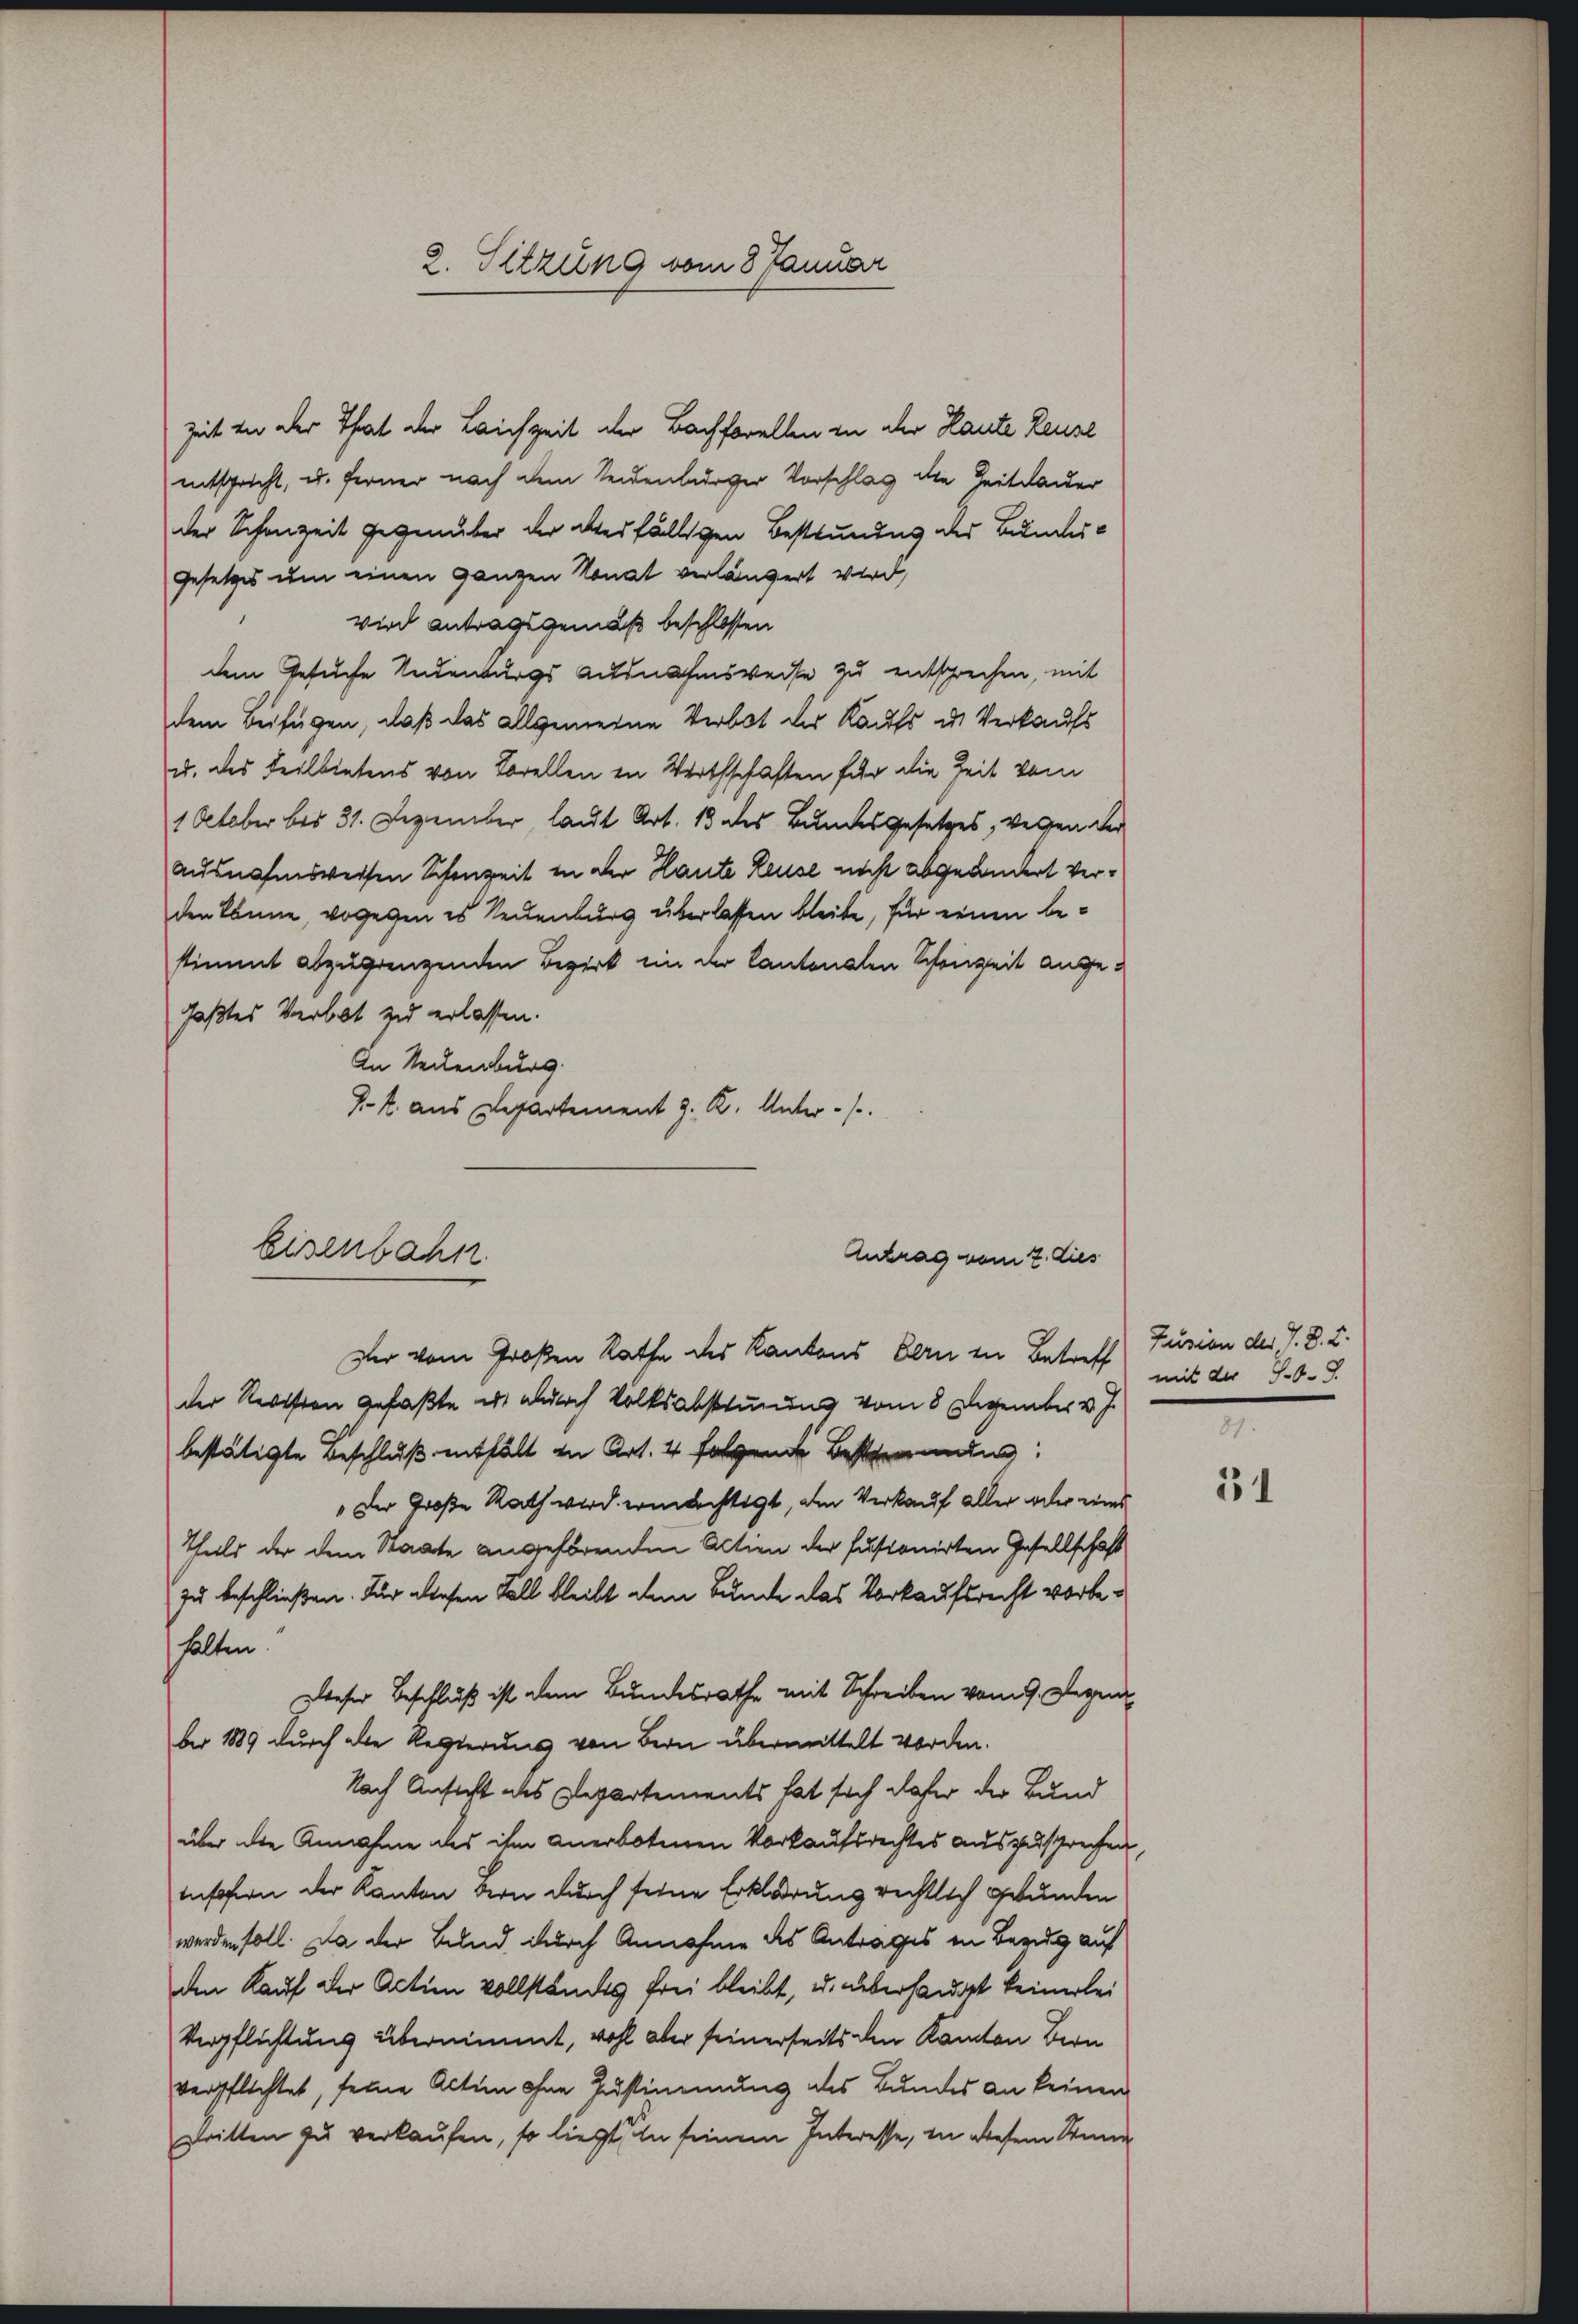
2. Sitzung vom 8. Januar

Zeit in der That der Leichzeit der Bachforellen in der Haute Reuse
entspricht, u. ferner nach dem Seidenburger Vorschlag die Zeitdauer
der Schanzeit gegenüber der Werfälligen Bestimmung des Bundes¬
Gesetzes um einen ganzen Monat verlängert wird,
wird antragsgemäß beschlossen
dem Gesuche Redenburgs Ausnahmsweise zu entsprechen, mit
dem Beifügen, daß das allgemeine Verbot des Kaufs in Verkaufs
u. des Teilbietens von Borellen in Werthschaften für die Zeit vom
1 October bis 31. Dezember laut Art. 13 des Bundesgesetzes, vergen der
ausnahmsweisen Schenzeit in der Haute Reuse nicht abgeändert verden könne, wogegen es Neuenburg überlassen bleibe, für einen bestimmt abzugrenzenden Bezirk ein der Cantonalen Schanzeit angefaßtes Verbot zu erlassen.
An Neckenburg
J. k. aus Departement J. K. Unter-
Der vom Großen Rathe des Kantons Bern in Betreff Fusion der V. D. 2.
der Registen gefaßte ich durch Volksabstimmung vom 8 Degeniter v. J.
bestätigte Beschluß enthält in Art. 4 folgende Bestimmung:
„Der Große Rath wird ermächtigt, am Verkauf aller oder eines
Thuld der dem Staate angehörenden Actien der fusionirten Gesellschaft
zu beschließen. Für diesen Fall bleibt dem Bunde das Vorkaufsrecht vorbehalten.
zweser Beschluß ist dem Bundesrathe mit Schreiben vom 9. Dezem
ber 1889 durch alle Regierung von Bern übermittelt worden.
Nach Ansicht des Departements hat sich daher der Bund
über die Annahme des ihm anerbotenen Vorkaufsrechtes auszusprechen,
insofern der Kanton Bern durch seine Erklärung rechtlich gebunden
werden soll. Da der Bund durch Annahme des Antrages in Bezug auf
den Kauf der Action vollständes frei bleibt, u. überhandet keinerlei
Verpflichtung übernimmt, wohl aber seinerseits den Kanton Bern
verpflichtet, seine Acten ohne Zustimmung des Bundes an keinen
stritten zu verkaufen, so liegt, in seinem Interesse, in diesem Stun

Eisenbahn
Antrag vom 2. dies

mit der Jb. S.

131